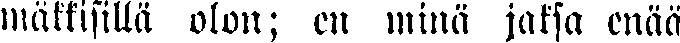
mmäkkisillä olon; en minä jaksa enää